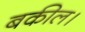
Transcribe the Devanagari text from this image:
बकील।